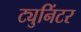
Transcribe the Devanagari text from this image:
ट्युनिंटर